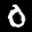
Label: 0